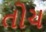
તોચ